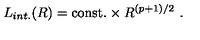
L _ { i n t . } ( R ) = \mathrm { c o n s t . } \times R ^ { ( p + 1 ) / 2 } \ .